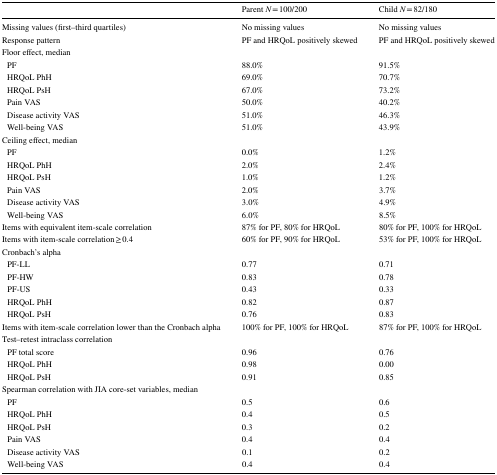
|  | Parent N = 100/200 | Child N = 82/180 |
 | --- | --- | --- |
 | Missing values (first–third quartiles) | No missing values | No missing values |
 | Response pattern | PF and HRQoL positively skewed | PF and HRQoL positively skewed |
 | <COLSPAN=3> Floor effect, median |
 | PF | 88.0% | 91.5% |
 | HRQoL PhH | 69.0% | 70.7% |
 | HRQoL PsH | 67.0% | 73.2% |
 | Pain VAS | 50.0% | 40.2% |
 | Disease activity VAS | 51.0% | 46.3% |
 | Well-being VAS | 51.0% | 43.9% |
 | <COLSPAN=3> Ceiling effect, median |
 | PF | 0.0% | 1.2% |
 | HRQoL PhH | 2.0% | 2.4% |
 | HRQoL PsH | 1.0% | 1.2% |
 | Pain VAS | 2.0% | 3.7% |
 | Disease activity VAS | 3.0% | 4.9% |
 | Well-being VAS | 6.0% | 8.5% |
 | Items with equivalent item-scale correlation | 87% for PF, 80% for HRQoL | 80% for PF, 100% for HRQoL |
 | Items with item-scale correlation ≥ 0.4 | 60% for PF, 90% for HRQoL | 53% for PF, 100% for HRQoL |
 | <COLSPAN=3> Cronbach’s alpha |
 | PF-LL | 0.77 | 0.71 |
 | PF-HW | 0.83 | 0.78 |
 | PF-US | 0.43 | 0.33 |
 | HRQoL PhH | 0.82 | 0.87 |
 | HRQoL PsH | 0.76 | 0.83 |
 | Items with item-scale correlation lower than the Cronbach alpha | 100% for PF, 100% for HRQoL | 87% for PF, 100% for HRQoL |
 | <COLSPAN=3> Test–retest intraclass correlation |
 | PF total score | 0.96 | 0.76 |
 | HRQoL PhH | 0.98 | 0.00 |
 | HRQoL PsH | 0.91 | 0.85 |
 | <COLSPAN=3> Spearman correlation with JIA core-set variables, median |
 | PF | 0.5 | 0.6 |
 | HRQoL PhH | 0.4 | 0.5 |
 | HRQoL PsH | 0.3 | 0.2 |
 | Pain VAS | 0.4 | 0.4 |
 | Disease activity VAS | 0.1 | 0.2 |
 | Well-being VAS | 0.4 | 0.4 |